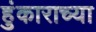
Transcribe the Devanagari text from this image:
हुंकाराच्या